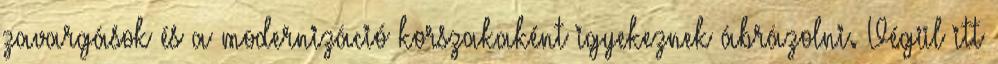
zavargások és a modernizáció korszakaként igyekeznek ábrázolni. Végül itt